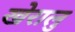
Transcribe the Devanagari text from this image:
खेरालु